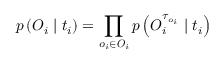
p \left( \boldsymbol { O } _ { i } \mid t _ { i } \right) = \prod _ { o _ { i } \in \boldsymbol { O } _ { i } } p \left( O _ { i } ^ { \tau _ { o _ { i } } } \mid t _ { i } \right)